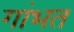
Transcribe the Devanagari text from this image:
गांभत